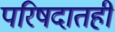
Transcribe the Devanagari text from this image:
परिषदातही